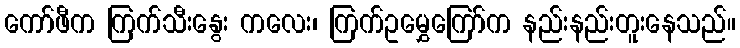
ကော်ဖီက ကြက်သီးနွေး ကလေး၊ ကြက်ဥမွှေကြော်က နည်းနည်းတူးနေသည်။